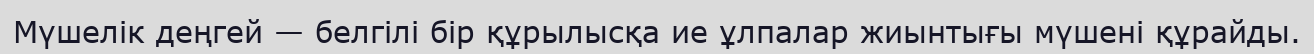
Мүшелік деңгей — белгілі бір құрылысқа ие ұлпалар жиынтығы мүшені құрайды.